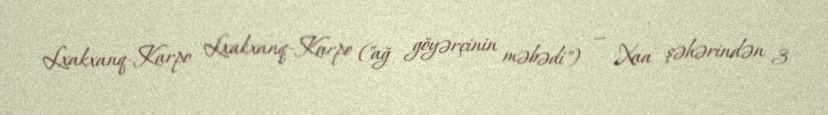
Lxakxanq-Karpo Lxakxanq-Karpo ("ağ göyərçinin məbədi") — Xaa şəhərindən 3